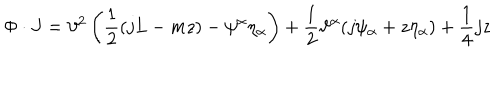
\Phi \cdot J = \vartheta ^ { 2 } \left( \frac { 1 } { 2 } ( j L - m z ) - \psi ^ { \alpha } \eta _ { \alpha } \right) + \frac { 1 } { 2 } \vartheta ^ { \alpha } ( j \psi _ { \alpha } + z \eta _ { \alpha } ) + \frac { 1 } { 4 } j z